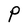
Character: P